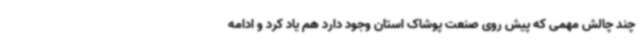
چند چالش مهمی که پیش روی صنعت پوشاک استان وجود دارد هم یاد کرد و ادامه